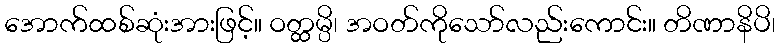
အောက်ထစ်ဆုံးအားဖြင့်။ ဝတ္ထမ္ပိ၊ အဝတ်ကိုသော်လည်းကောင်း။ တိဏာနိပိ၊